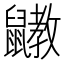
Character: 𪖄